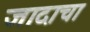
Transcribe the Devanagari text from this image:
जादाचा